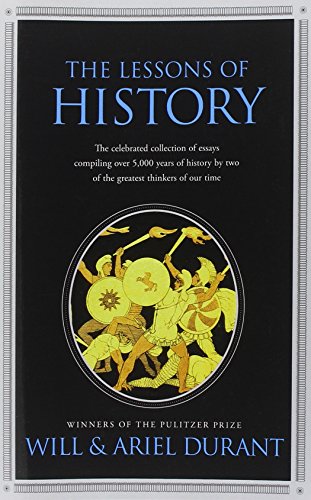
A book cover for The Lessons of History; Will Durant; History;